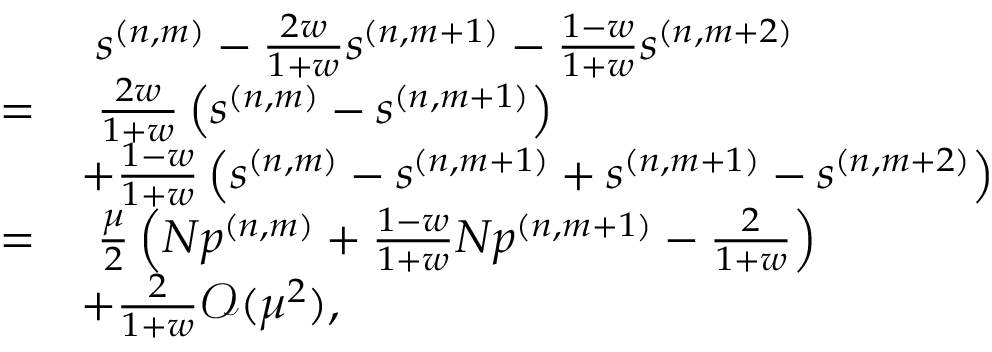
\begin{array} { r l } & { ~ s ^ { ( n , m ) } - \frac { 2 w } { 1 + w } s ^ { ( n , m + 1 ) } - \frac { 1 - w } { 1 + w } s ^ { ( n , m + 2 ) } } \\ { = } & { ~ \frac { 2 w } { 1 + w } \left( s ^ { ( n , m ) } - s ^ { ( n , m + 1 ) } \right) } \\ & { + \frac { 1 - w } { 1 + w } \left( s ^ { ( n , m ) } - s ^ { ( n , m + 1 ) } + s ^ { ( n , m + 1 ) } - s ^ { ( n , m + 2 ) } \right) } \\ { = } & { ~ \frac { \mu } { 2 } \left( N p ^ { ( n , m ) } + \frac { 1 - w } { 1 + w } N p ^ { ( n , m + 1 ) } - \frac { 2 } { 1 + w } \right) } \\ & { + \frac { 2 } { 1 + w } \mathcal { O } ( \mu ^ { 2 } ) , } \end{array}